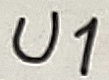
Text: U1